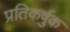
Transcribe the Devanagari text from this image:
प्रतिकर्षुक